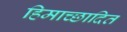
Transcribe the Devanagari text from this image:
हिमाच्‍छादित